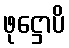
ဖုဋ္ဌောပိ